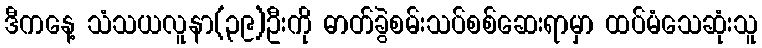
ဒီကနေ့ သံသယလူနာ(၃၉)ဦးကို ဓာတ်ခွဲစမ်းသပ်စစ်ဆေးရာမှာ ထပ်မံသေဆုံးသူ